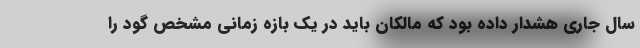
سال جاری هشدار داده بود که مالکان باید در یک بازه زمانی مشخص گود را